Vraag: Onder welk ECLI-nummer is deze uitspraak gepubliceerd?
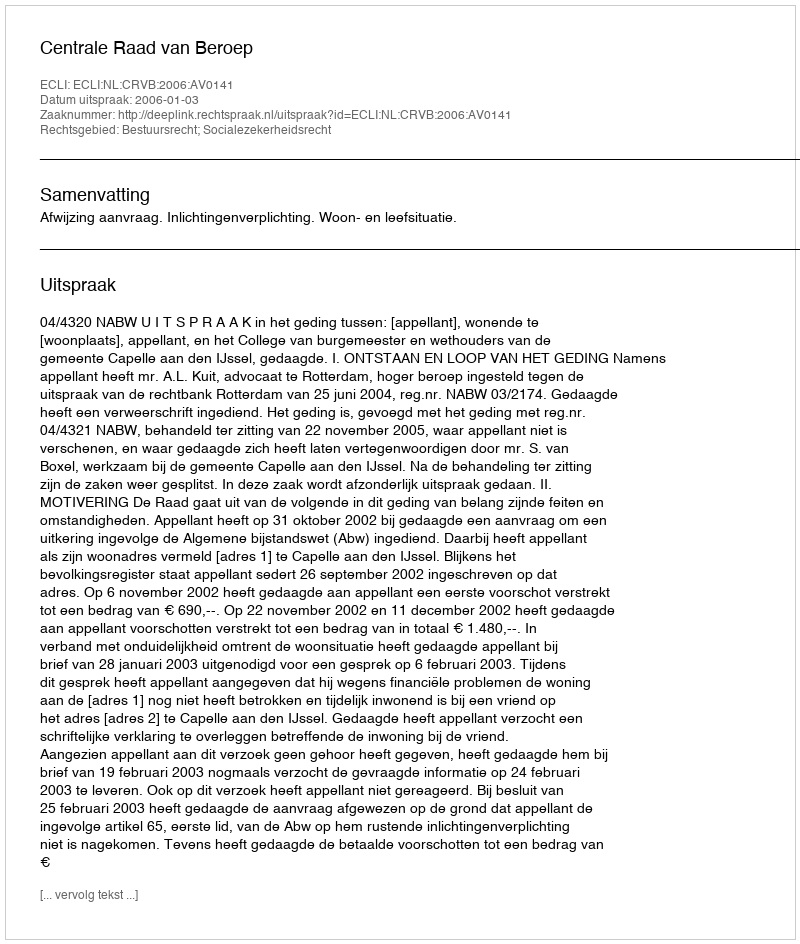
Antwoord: ECLI:NL:CRVB:2006:AV0141